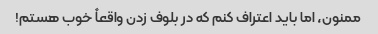
ممنون، اما باید اعتراف کنم که در بلوف زدن واقعاً خوب هستم!